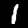
Digit: 1